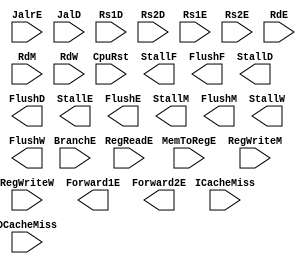
// This program was cloned from: https://github.com/Summer-Summer/ComputerArchitectureLab
// License: MIT License

`timescale 1ns / 1ps
//////////////////////////////////////////////////////////////////////////////////
// Company: USTC ESLABEmbeded System Lab
// Design Name: RISCV-Pipline CPU
// Module Name: HarzardUnit
// Target Devices: Nexys4
// Tool Versions: Vivado 2017.4.1
// Description: Deal with harzards in pipline
//////////////////////////////////////////////////////////////////////////////////
module HarzardUnit(
    input wire CpuRst, ICacheMiss, DCacheMiss, 
    input wire BranchE, JalrE, JalD, 
    input wire [4:0] Rs1D, Rs2D, Rs1E, Rs2E, RdE, RdM, RdW,
    input wire [1:0] RegReadE,
    input wire MemToRegE,
    input wire [2:0] RegWriteM, RegWriteW,
    output reg StallF, FlushF, StallD, FlushD, StallE, FlushE, StallM, FlushM, StallW, FlushW,
    output reg [1:0] Forward1E, Forward2E
    );
    //Stall and Flush signals generate

    //Forward Register Source 1

    //Forward Register Source 2

endmodule

//
    //HarzardUnitforward
    //CPUforwardstallflush 
//
    //CpuRst                                    CPUCpuRst==1CPUflushCpu_Rst==0cpu
    //ICacheMiss, DCacheMiss                    cache miss
    //BranchE, JalrE, JalD                      
    //Rs1D, Rs2D, Rs1E, Rs2E, RdE, RdM, RdW     12
    //RegReadE RegReadD[1]==1                   A1RegReadD[0]==1A2forward
    //RegWriteM, RegWriteW                      RegWrite!=3'b0
    //MemToRegE                                 Ex Data Memory
//
    //StallF, FlushF, StallD, FlushD, StallE, FlushE, StallM, FlushM, StallW, FlushW    stallflush
    //Forward1E, Forward2E                                                              forward
//  
    //HarzardUnit